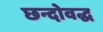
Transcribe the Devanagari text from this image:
छन्दोवद्ध